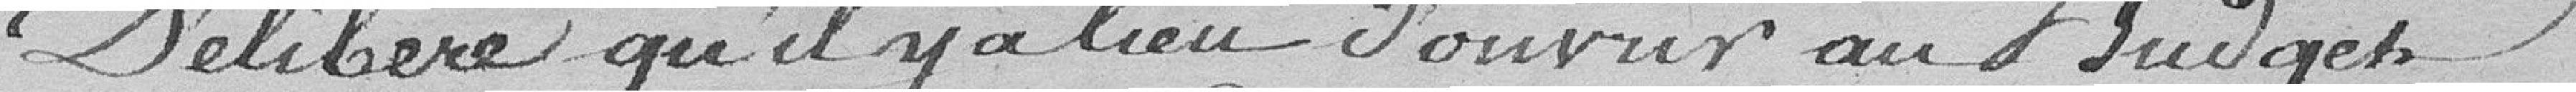
Délibère qu'il y a lieu d'ouvrir au budget